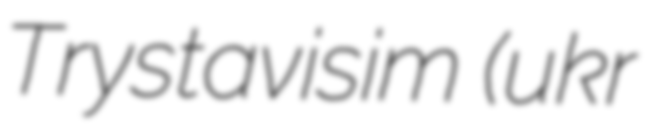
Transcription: Trystavisim (ukr